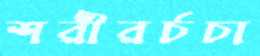
শরীরর্চচা